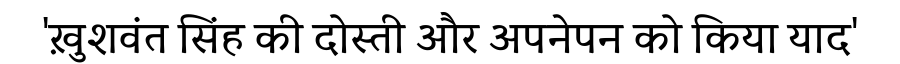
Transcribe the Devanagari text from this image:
'ख़ुशवंत सिंह की दोस्ती और अपनेपन को किया याद'